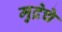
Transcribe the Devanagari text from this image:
मुद्रेचे